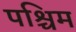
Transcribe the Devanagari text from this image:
पश्चिम